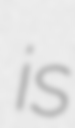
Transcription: is